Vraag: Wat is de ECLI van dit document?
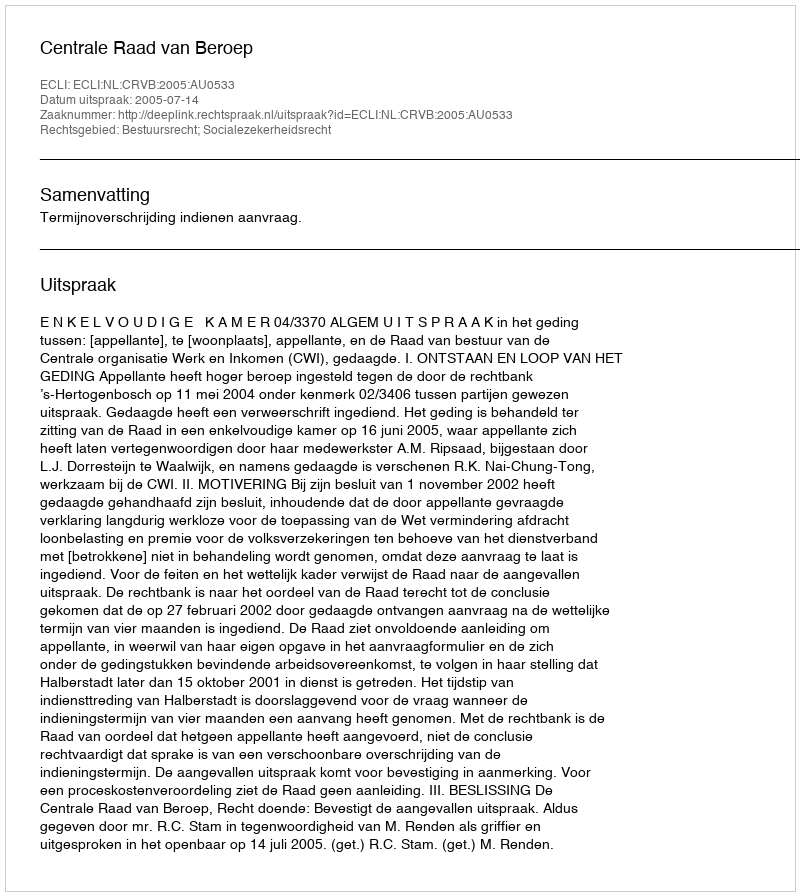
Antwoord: ECLI:NL:CRVB:2005:AU0533